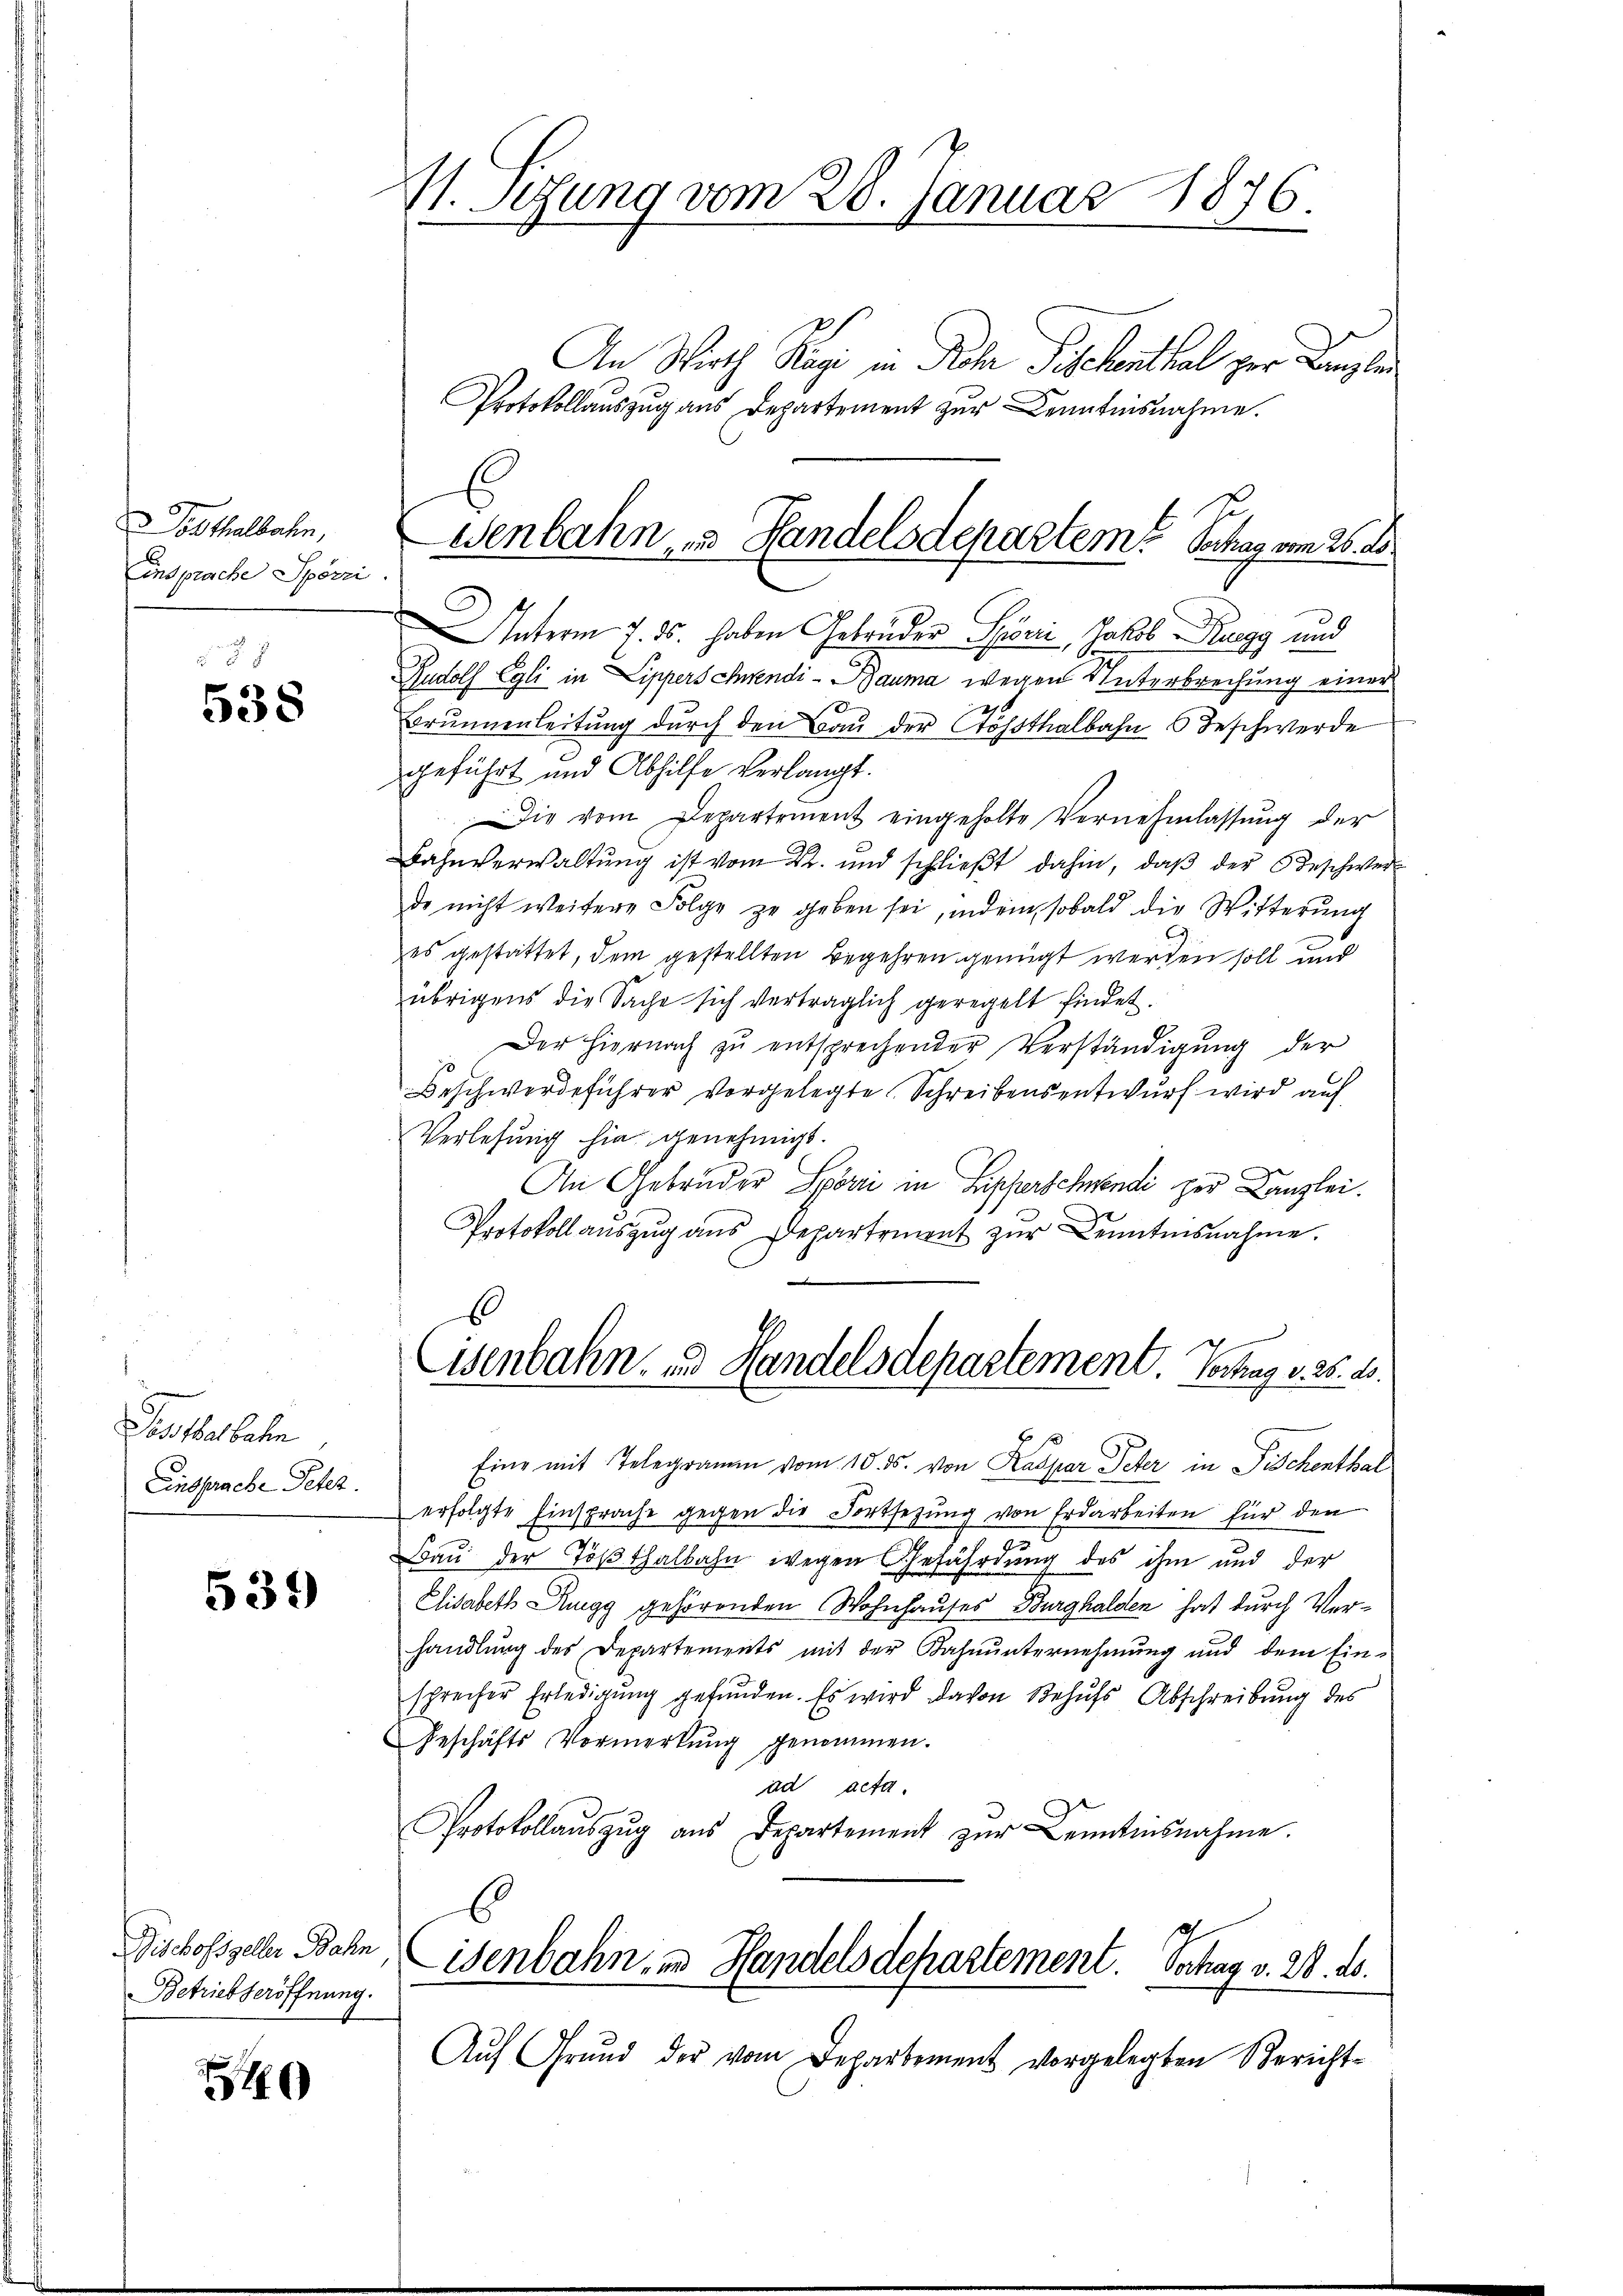
Posthalbahn,
insprache Spörri

538

Posthalbahn
Einsprache Peter.

539

Fischofszeller Bahn
Betriebseröffnung.

54

V. Setzung vom 28. Januar 1876.

An Wirth Rigi in Rohr Sichenthal zur Kanzlei
Protokollauszug aus Departement zur Kenntnisnahme.
Interm 7. ds. haben Gebrüder Spörić, Jakob Ruegg und
Rudolf Egli in Lipperschwendi- Bauma wegen Unterbrechung einer
1
Brunnenleitung durch den Bau der Stössthalbahn Beschwerde
geführt und Abhilfe verlangt.
Die vom Departement eingeholte Vernehmlassung der
Bahnverwaltung ist vom 22. und schlieβt dahin, daβ der Beschwerde nicht weitere Folge zu geben sei, indem sobald die Witterŭng
es gestattet, dem gestellten Begehren genügt werden soll und
übrigens die Sache sich verträglich geregelt findet.
Der Hiernach zu entsprechender Verständigung der
Beschwerdeführer vorgelegte Schreibensentwurf wird auf
Verlesung hie genehmigt.
An Gebrüder Spörri in Bischerschwendi per Kanzlei.
Protokoll auszug aus Departement zŭr Kenntnisnahme.
s
Eisenbahn- u. Handelsdepartement. Verhag v. 25. 20.
Eine mit Telegramm vom 10. ds. von Kaspar Peter in Fischenthal
erfolgte Einsprache gegen die Fortsetzung von Erdarbeiten für den
Bau der Tößthalbahn wegen Gefährdung des ihm und der
Elisabeth Ruegg gehörenden Wohnhauses Burghalden hat durch Verhandlung des Departements mit der Bahnunternehmung und dem Ein-
sprecher Erledigung gefunden. Es wird davon Behufs Abschreibung des
Geschäfts Vormerkung genommen.
ad acta
Protokollaŭszŭg aŭs Departement zŭr Kenntnisnahme.
b
isenbahn, und Handelsdepartement. Dochag v. 28. ds.
Auf Grund der vom Departement vorgelegten Bericht¬

Wenbahn u Handelsdepartem Sachen vom 26. d.